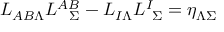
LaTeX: L _ { A B \Lambda } L _ { \ \ \Sigma } ^ { A B } - L _ { I \Lambda } L _ { \ \Sigma } ^ { I } = \eta _ { \Lambda \Sigma }